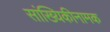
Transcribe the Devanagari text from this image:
सांख्यिकीनामक